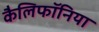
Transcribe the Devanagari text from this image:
कैलिफॉनिया